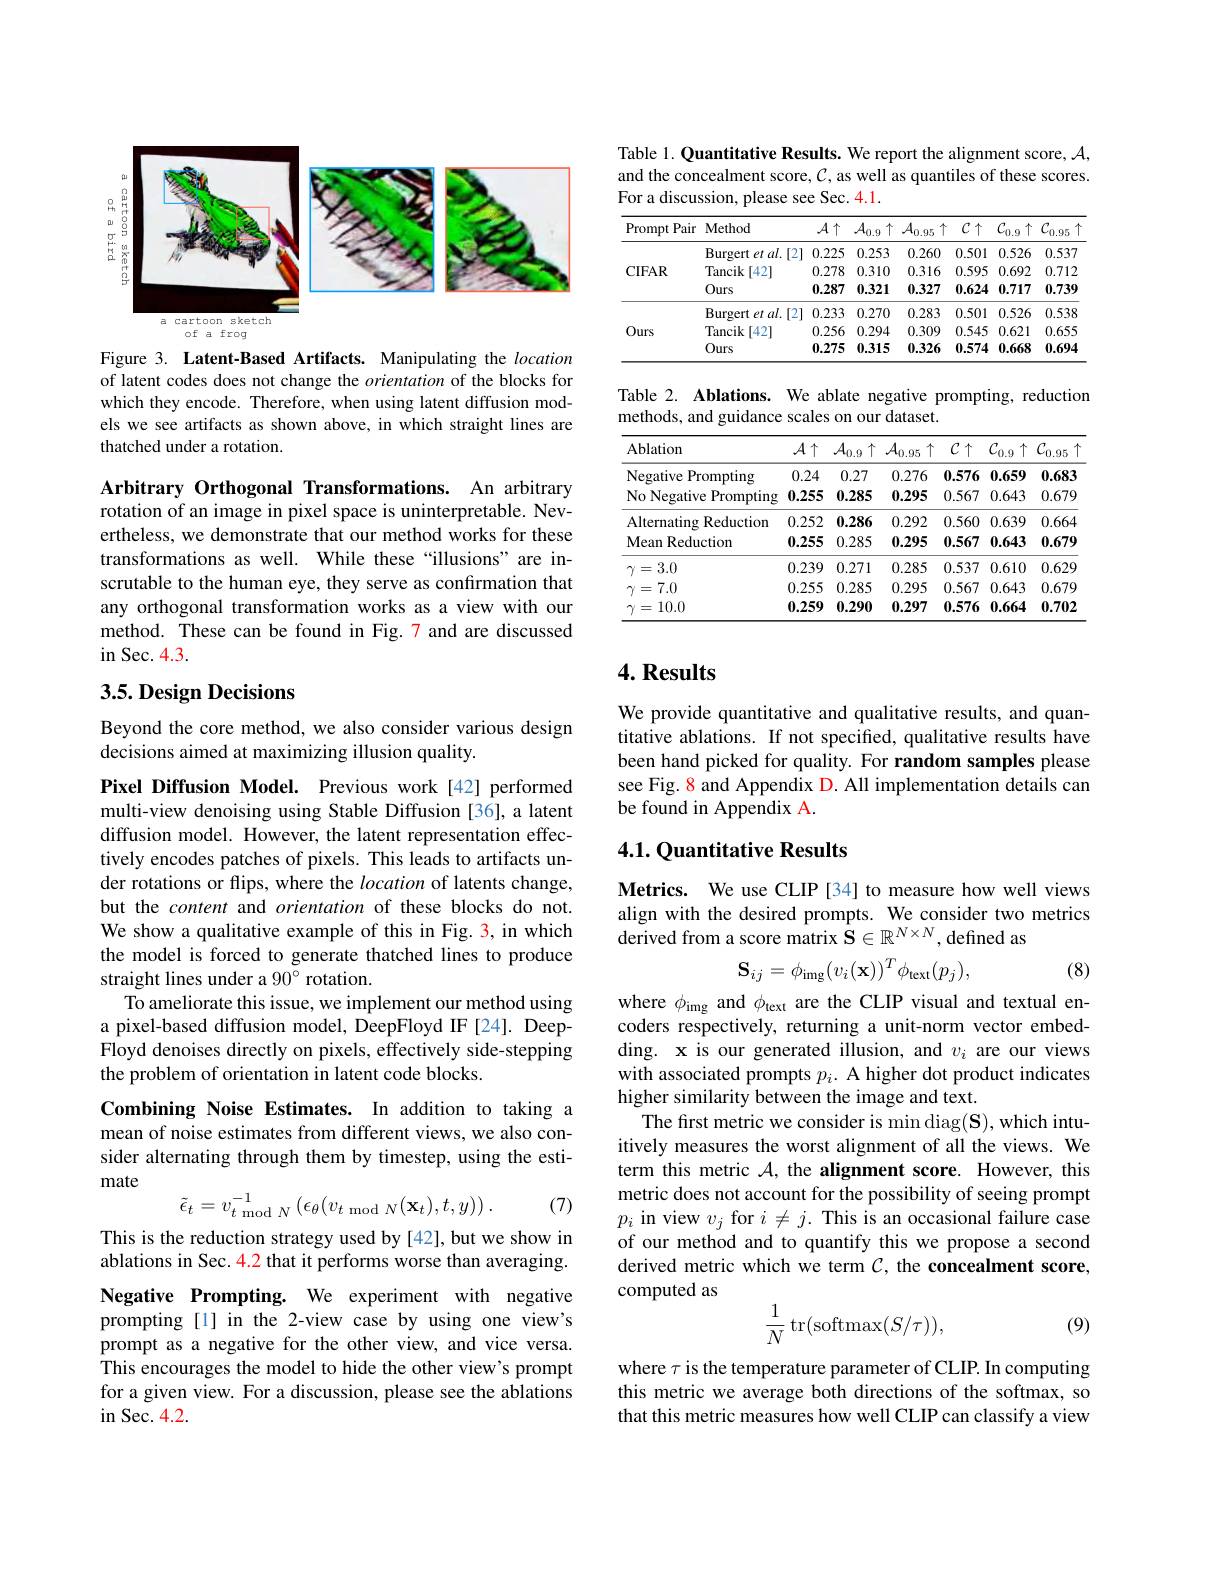
<FigureHere>

Figure 3. Latent-Based Artifacts. Manipulating the location of latent codes does not change the orientation of the blocks for which they encode. Therefore, when using latent diffusion models we see artifacts as shown above, in which straight lines are thatched under a rotation.

Arbitrary Orthogonal Transformations. An arbitrary rotation of an image in pixel space is uninterpretable. Nevertheless, we demonstrate that our method works for these transformations as well. While these“illusions”are inscrutable to the human eye, they serve as confirmation that any orthogonal transformation works as a view with our method. These can be found in Fig.7 and are discussed in Sec. 4. 3.

## $3. 5. \textbf{Design Decisions}$

Beyond the core method, we also consider various design
decisions aimed at maximizing illusion quality.

Pixel Diffusion Model. Previous work[42] performed multi-view denoising using Stable Diffusion [36], a latent diffusion model. However, the latent representation effectively encodes patches of pixels. This leads to artifacts under rotations or flips, where the location of latents change, but the content and orientation of these blocks do not. We show a qualitative example of this in Fig. 3, in which the model is forced to generate thatched lines to produce straight lines under a $90^{\circ}$ rotation.
To ameliorate this issue, we implement our method using a pixel-based diffusion model, DeepFloyd IF[24]. DeepFloyd denoises directly on pixels, effectively side-stepping the problem of orientation in latent code blocks.

Combining Noise Estimates. In addition to taking a mean of noise estimates from different views, we also consider alternating through them by timestep, using the estimate
$$\tilde{\epsilon}_{t}=v_{t\mathrm{~mod~}N}^{-1}\left(\epsilon_{\theta}(v_{t\mathrm{~mod~}N}(\mathbf{x}_{t}),t,y)\right).$$
(7)

This is the reduction strategy used by [42], but we show in ablations in Sec. 4.2 that it performs worse than averaging. Negative Prompting. We experiment with negative prompting [1] in the 2-view case by using one view's prompt as a negative for the other view, and vice versa. This encourages the model to hide the other view's prompt for a given view. For a discussion, please see the ablations $\operatorname{in}$Sec. 4.2.

Table 1. Quantitative Results. We report the alignment score, $\mathcal{A}$, and the concealment score, $\mathcal{C}$, as well as quantiles of these scores. For a discussion, please see Sec. 4.1.

<table>
	<tbody>
		<tr>
			<th>Prompt Pair 11</th>
			<th>Method</th>
			<th>$\mathcal{A}\uparrow$</th>
			<th>$\mathcal{A}_{0.9}$ $\uparrow$</th>
			<th>$\mathcal{A}_{0.95}$ 个 </th>
			<th>$C\uparrow$</th>
			<th>$\mathcal{C}_{0.9}$ $\uparrow$</th>
			<th>$\mathcal{C}_{0.95}$ $\uparrow$</th>
		</tr>
		<tr>
			<td rowspan="3">CIFAR</td>
			<td>Burgert et al.[2]</td>
			<td>0.225</td>
			<td>0.253</td>
			<td>0.260</td>
			<td>0.501</td>
			<td>0.526</td>
			<td>0.537</td>
		</tr>
		<tr>
			<td>Tancik [42]</td>
			<td>0.278</td>
			<td>0.310</td>
			<td>0.316</td>
			<td>0.595</td>
			<td>0.692</td>
			<td>0.712</td>
		</tr>
		<tr>
			<td>Ours</td>
			<td>0.287</td>
			<td>0.321</td>
			<td>0.327</td>
			<td>0.624</td>
			<td>0.717</td>
			<td>0.739</td>
		</tr>
		<tr>
			<td rowspan="3">Ours</td>
			<td>$\operatorname{Burgert}elal.$ .[2] 1 1 1</td>
			<td>0.233</td>
			<td>0.270</td>
			<td>0.283</td>
			<td>0.501</td>
			<td>0.526</td>
			<td>0.538</td>
		</tr>
		<tr>
			<td>Tancik [42]</td>
			<td>0.256</td>
			<td>0.294</td>
			<td>0.309</td>
			<td>0.545</td>
			<td>0.621</td>
			<td>0.655</td>
		</tr>
		<tr>
			<td>Ours</td>
			<td>0.275</td>
			<td>0.315</td>
			<td>0.326</td>
			<td>0.574</td>
			<td>0.668</td>
			<td>0.694</td>
		</tr>
	</tbody>
</table>

Table 2. Ablations. We ablate negative prompting, reduction
methods, and guidance scales on our dataset.

<table>
	<tbody>
		<tr>
			<th>Ablation</th>
			<th>$\mathcal{A}\uparrow$</th>
			<th>$\mathcal{A}_{0.9}$ $\uparrow$</th>
			<th>$\mathcal{A}_{0.95}$ $\uparrow$ 1</th>
			<th>$\mathcal{C}\uparrow$</th>
			<th>$\mathcal{C}_{0.9}$ $\uparrow$</th>
			<th>$\underline{\mathcal{C}_{0.95}}$ $\uparrow$</th>
		</tr>
		<tr>
			<td>Negative Prompting</td>
			<td>0.24</td>
			<td>0.27</td>
			<td>0.276</td>
			<td>0.576</td>
			<td>0.659</td>
			<td>0.683</td>
		</tr>
		<tr>
			<td>No Negative Prompting</td>
			<td>0.255</td>
			<td>0.285</td>
			<td>0.295</td>
			<td>0.567</td>
			<td>0.643</td>
			<td>0.679</td>
		</tr>
		<tr>
			<td>Alternating Reduction</td>
			<td>0.252</td>
			<td>0.286</td>
			<td>0.292</td>
			<td>0.560</td>
			<td>0.639</td>
			<td>0.664</td>
		</tr>
		<tr>
			<td>Mean Reduction</td>
			<td>0.255</td>
			<td>0.285</td>
			<td>0.295</td>
			<td>0.567</td>
			<td>0.643</td>
			<td>0.679</td>
		</tr>
		<tr>
			<td>$\gamma=3.0$</td>
			<td>0.239</td>
			<td>0.271</td>
			<td>0.285</td>
			<td>0.537</td>
			<td>0.610</td>
			<td>0.629</td>
		</tr>
		<tr>
			<td>$\gamma=7.0$</td>
			<td>0.255</td>
			<td>0.285</td>
			<td>0.295</td>
			<td>0.567</td>
			<td>0.643</td>
			<td>0.679</td>
		</tr>
		<tr>
			<td>$\gamma=10.0$</td>
			<td>0.259</td>
			<td>0.290</td>
			<td>0.297</td>
			<td>0.576</td>
			<td>0.664</td>
			<td>0.702</td>
		</tr>
	</tbody>
</table>

## $4. \textbf{Results}$

We provide quantitative and qualitative results, and quantitative ablations. If not specified, qualitative results have been hand picked for quality. For random samples please see Fig. 8 and Appendix D. All implementation details can be found in Appendix A.

## 4.1. Quantitative Results

Metrics. We use CLIP[34] to measure how well views align with the desired prompts. We consider two metrics derived from a score matrix $\mathbf{S}\in\mathbb{R}^N\times N$,defined as
$$\mathbf{S}_{ij}=\phi_{\mathrm{img}}(v_{i}(\mathbf{x}))^{T}\phi_{\mathrm{text}}(p_{j}),$$
(8)

where $\phi_\mathrm{img}$ and $\phi_\mathrm{text}$ are the CLIP visual and textual encoders respectively, returning a unit-norm vector embedding. x is our generated illusion, and $v_i$ are our views with associated prompts $p_i.$ A higher dot product indicates higher similarity between the image and text.
The first metric we consider is min diag(S), which intuitively measures the worst alignment of all the views. We term this metric $\mathcal{A}$,the alignment score. However, this metric does not account for the possibility of seeing prompt $p_i$ in view $v_j$ for $i\neq j.$ This is an occasional failure case of our method and to quantify this we propose a second derived metric which we term $C$, the concealment score, computed as
$$\dfrac{1}{N}\operatorname{tr}(\operatorname{softmax}(S/\tau)),$$
(9)

where $\tau$ is the temperature parameter of CLIP. In computing this metric we average both directions of the softmax, so that this metric measures how well CLIP can classify a view